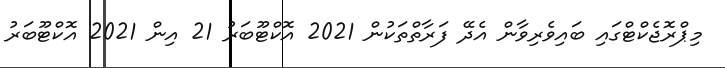
މިޕްރޮޖެކްޓްގައި ބައިވެރިވާން އެދޭ ފަރާތްތަކުން 2021 އޮކްޓޫބަރު 21 އިން 2021 އޮކްޓޫބަރު